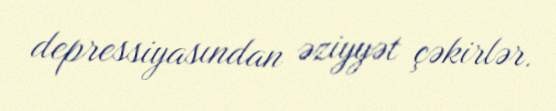
depressiyasından əziyyət çəkirlər.